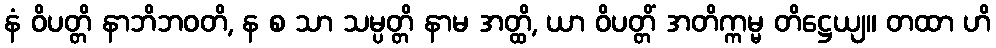
နံ ဝိပတ္တိ နာဘိဘဝတိ, န စ သာ သမ္ပတ္တိ နာမ အတ္ထိ, ယာ ဝိပတ္တိံ အတိက္ကမ္မ တိဋ္ဌေယျ။ တထာ ဟိ